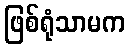
ဖြစ်ရုံသာမက